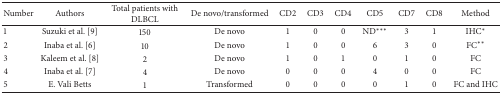
<table><thead><tr><td><b>Number</b></td><td><b>Authors</b></td><td><b>Total patients with DLBCL</b></td><td><b>De novo/transformed</b></td><td><b>CD2</b></td><td><b>CD3</b></td><td><b>CD4</b></td><td><b>CD5</b></td><td><b>CD7</b></td><td><b>CD8</b></td><td><b>Method</b></td></tr></thead><tbody><tr><td>1</td><td> Suzuki et al. [9]</td><td>150</td><td>De novo</td><td>1</td><td>0</td><td>0</td><td>ND<sup><i>∗∗∗</i></sup></td><td>3</td><td>1</td><td>IHC<sup><i>∗</i></sup></td></tr><tr><td>2</td><td> Inaba et al. [6]</td><td>10</td><td>De novo</td><td>1</td><td>0</td><td>0</td><td>6</td><td>3</td><td>0</td><td>FC<sup><i>∗∗</i></sup></td></tr><tr><td>3</td><td> Kaleem et al. [8]</td><td>2</td><td>De novo</td><td>1</td><td>0</td><td>1</td><td>0</td><td>1</td><td>0</td><td>FC</td></tr><tr><td>4</td><td> Inaba et al. [7]</td><td>4</td><td>De novo</td><td>0</td><td>0</td><td>0</td><td>4</td><td>0</td><td>0</td><td>FC</td></tr><tr><td>5</td><td>E. Vali Betts</td><td>1</td><td>Transformed</td><td>0</td><td>0</td><td>0</td><td>0</td><td>1</td><td>0</td><td>FC and IHC</td></tr></tbody></table>